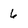
Character: 6